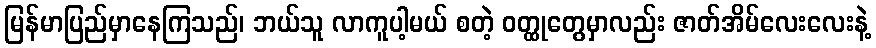
မြန်မာပြည်မှာနေကြသည်၊ ဘယ်သူ လာကူပါ့မယ် စတဲ့ ဝတ္ထုတွေမှာလည်း ဇာတ်အိမ်လေးလေးနဲ့